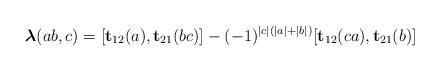
LaTeX: \begin{align*}\boldsymbol{\lambda}(ab,c)=[\mathbf{t}_{12}(a),\mathbf{t}_{21}(bc)]-(-1)^{|c|(|a|+|b|)}[\mathbf{t}_{12}(ca),\mathbf{t}_{21}(b)]\end{align*}